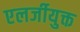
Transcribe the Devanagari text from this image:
एलर्जीयुक्त